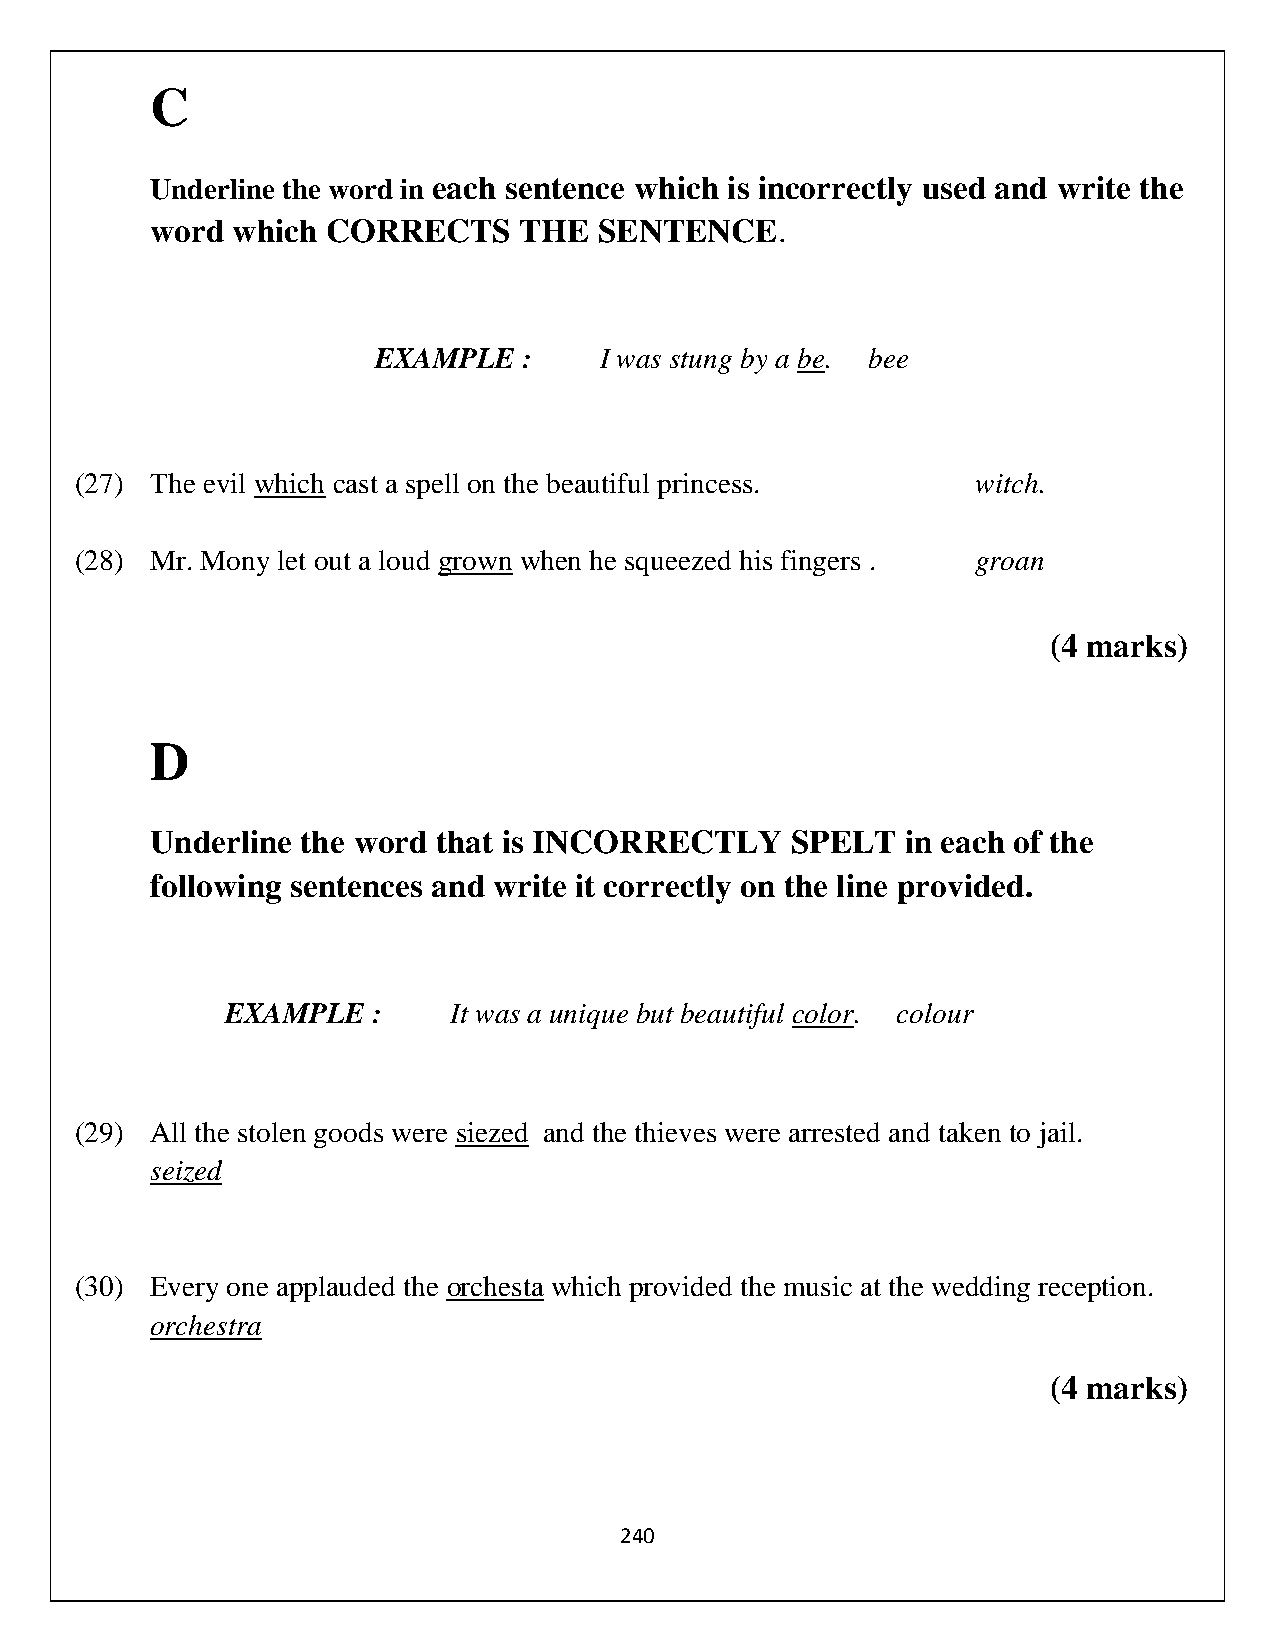
C
 Underline the word in each sentence which is incorrectly used and write the
 word which  CORRECTS    THE   SENTENCE.
 EXAMPLE   :    I was stung by a be. bee
 (27) The evil which cast a spell on the beautiful princess. witch.
 (28) Mr. Mony let out a loud grown when he squeezed his fingers . groan
 (4 marks)
 D
 Underline the word that is INCORRECTLY    SPELT   in each of the
 following sentences and write it correctly on the line provided.
 EXAMPLE   :    It was a unique but beautiful color. colour
 (29) All the stolen goods were siezed and the thieves were arrested and taken to jail.
 seized
 (30) Every one applauded the orchesta which provided the music at the wedding reception.
 orchestra
 (4 marks)
 240